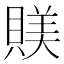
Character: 𧶾